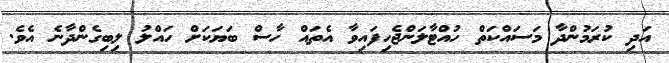
އަދި ކުރަމުންދާ މަސައްކަތް ހުއްޓާލަންޖެހިފައިވާ އެތައް ހާސް ބަޔަކަށް ހައްލު ލިބިގެންދާނެ އެވެ.